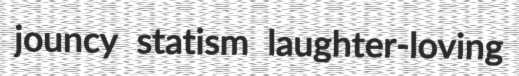
jouncy statism laughter-loving